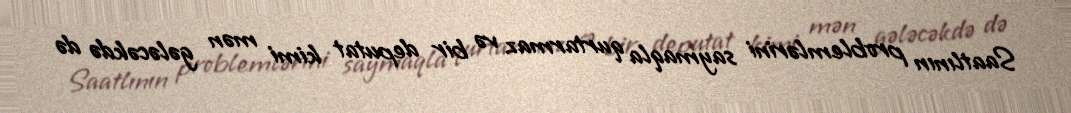
Saatlının problemlərini saymaqla qurtarmaz və bir deputat kimi mən gələcəkdə də